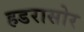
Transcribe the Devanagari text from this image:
हडरासोर